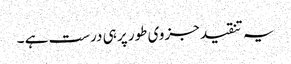
یہ تنقید جزوی طور پر ہی درست ہے ۔